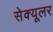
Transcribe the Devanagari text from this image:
सेक्यूलर